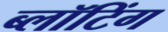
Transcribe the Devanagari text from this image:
ब्लॉटिंग